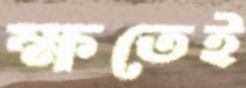
ক্ষতেই